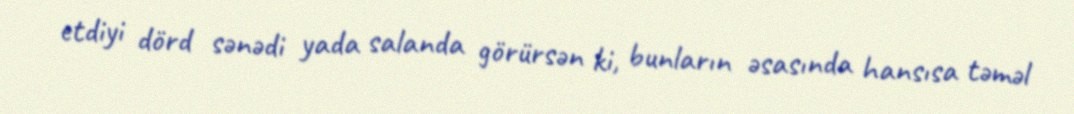
etdiyi dörd sənədi yada salanda görürsən ki, bunların əsasında hansısa təməl